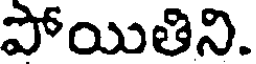
పోయితిని.